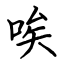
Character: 唉